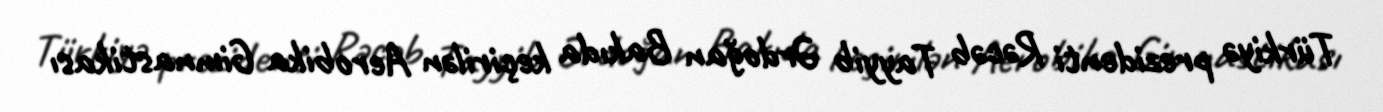
Türkiyə prezidenti Rəcəb Tayyib Ərdoğan Bakıda keçirilən Aerobika Gimnastikası